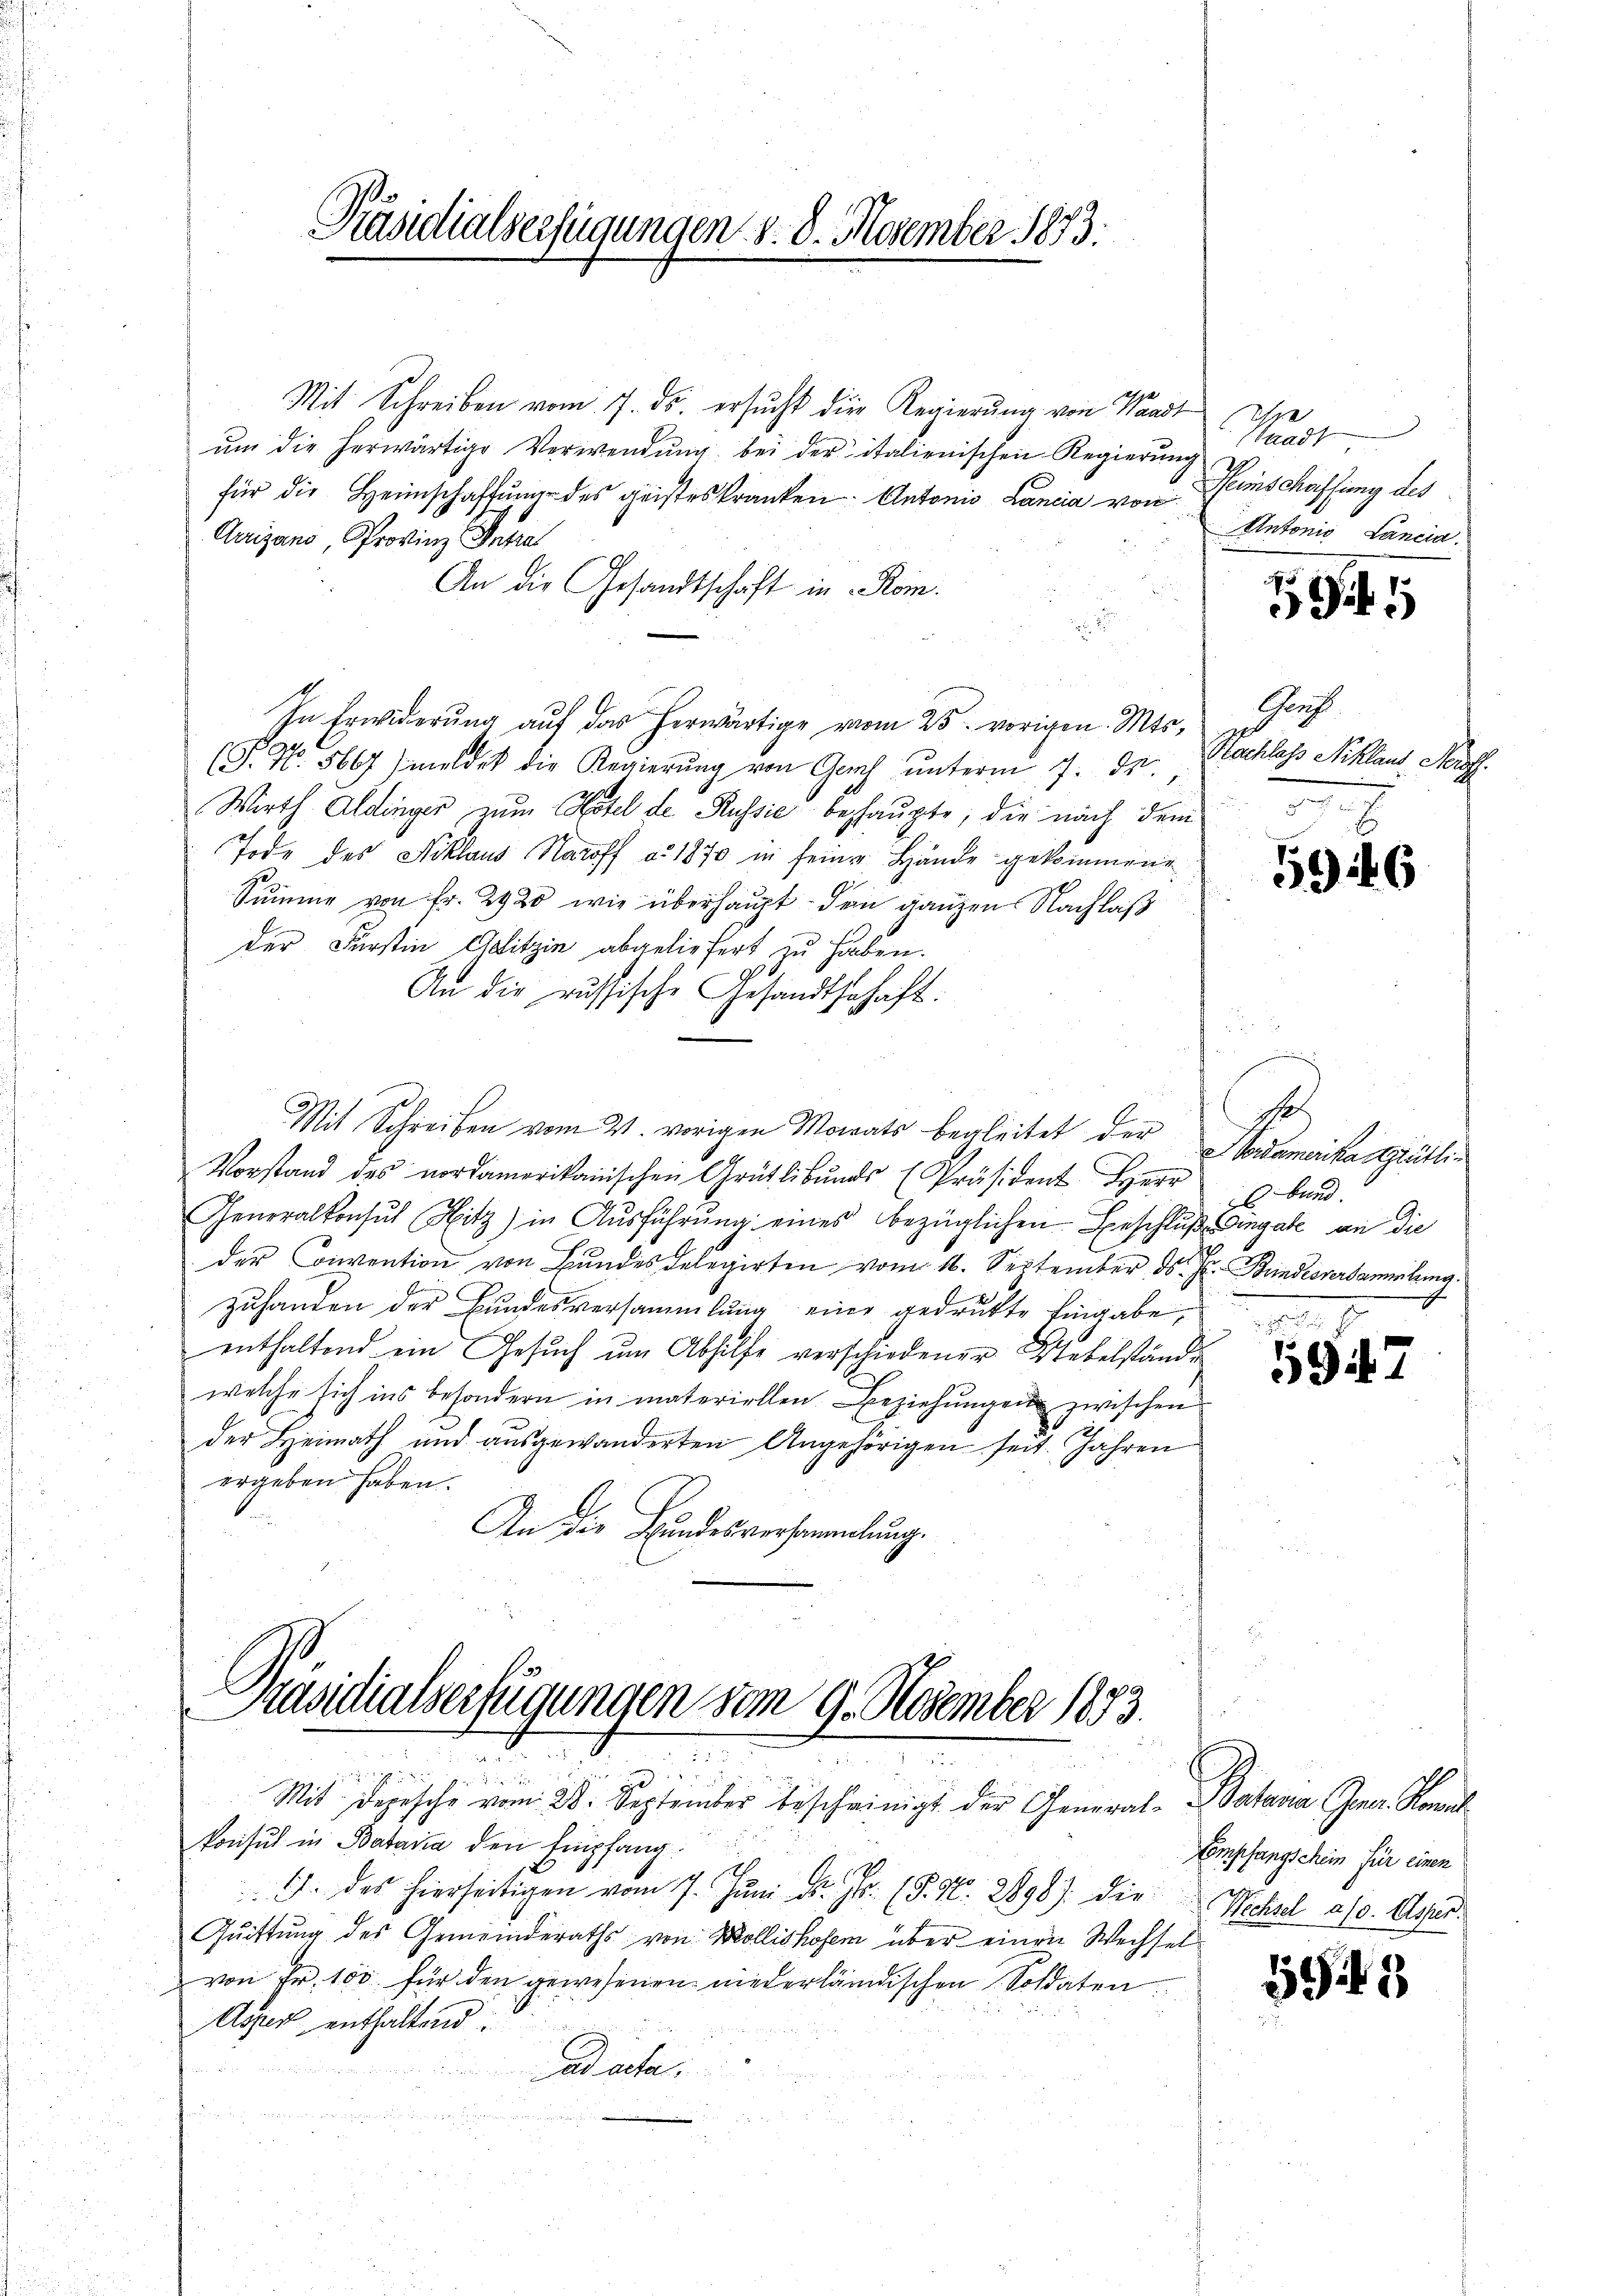
Präsidialserfügungen §. 8. November 1873.

Mit Schreiben vom 7. ds. ersŭcht die Regierŭng von Waadt
ŭm die herwärtige Verwendŭng bei der italienischen Regierung
für die Heimschaffŭng des geisteskranken. Antonio Lancia von
Arrigano, Provinz Antra
An die Gesandtschaft in Rom.
a
In Erwiderung auf das herwärtige vom 25. vorigen. Mts.
(F. N. 5667) meldet die Regierŭng von Gerh ŭnterm 7. ds.
Wirth Aldinger zum Notel de Russie behaŭpte, die nach dem
Tode des Niklaus Naroff a. 1870 in seine Hände gekommene
Summe von Fr. 2920 wie überhaupt dem ganzen Nachlaß
der Fürstin Gelitzin abgeliefert zu haben.
16
An die russische Gesandtschaft:
Mit Schreiben vom 21. vorigen Monats begleitet der
Vorstand des nordamerikanischen Grütlibŭndes Präsident Herr
2
Generalkonsul Hitz) in Aŭsführŭng eines bezüglichen Beschlŭβ Angabe an die
der Convention von Bundes delegirten vom 16. September der Bundesversammlung.
Zuhanden der Bundesversammlung eine gedruckte Eingabe,
enthaltend ein Gesuch um Abhilfe verschiedener Webelstände
welche sich ins besondern in materiellen Beziehungen zwischen
der Heimath und ausgewanderten Angehörigen seit Jahren
ergeben haben.
An die Bundesversammlung.

Präsidialverfügungen vom 9. November 1873.
3
.
Mit Depesche vom 28. September bescheinigt der General-Batana Jena. Kanal

Konsul in Bataria den Empfang
J. des hierseitigen vom 7. Jŭni d. Js. (T. N. 2898). Die
Quittung des Gemeinderaths von Mollishofen über einen Wechselvon Fr. 100 für den gewesenen niederländischen Soldaten
Aszer enthaltend.
ad acta.
u
u

Sundt
Reinschaffung des
Antonio Cancia

9

Graf
Rochloss Nikland. Neu

596

h.

he.
Nordamerika Grütli¬
 bund

5947

Compfangschein für einen
Wechsel a/o. Asper

11